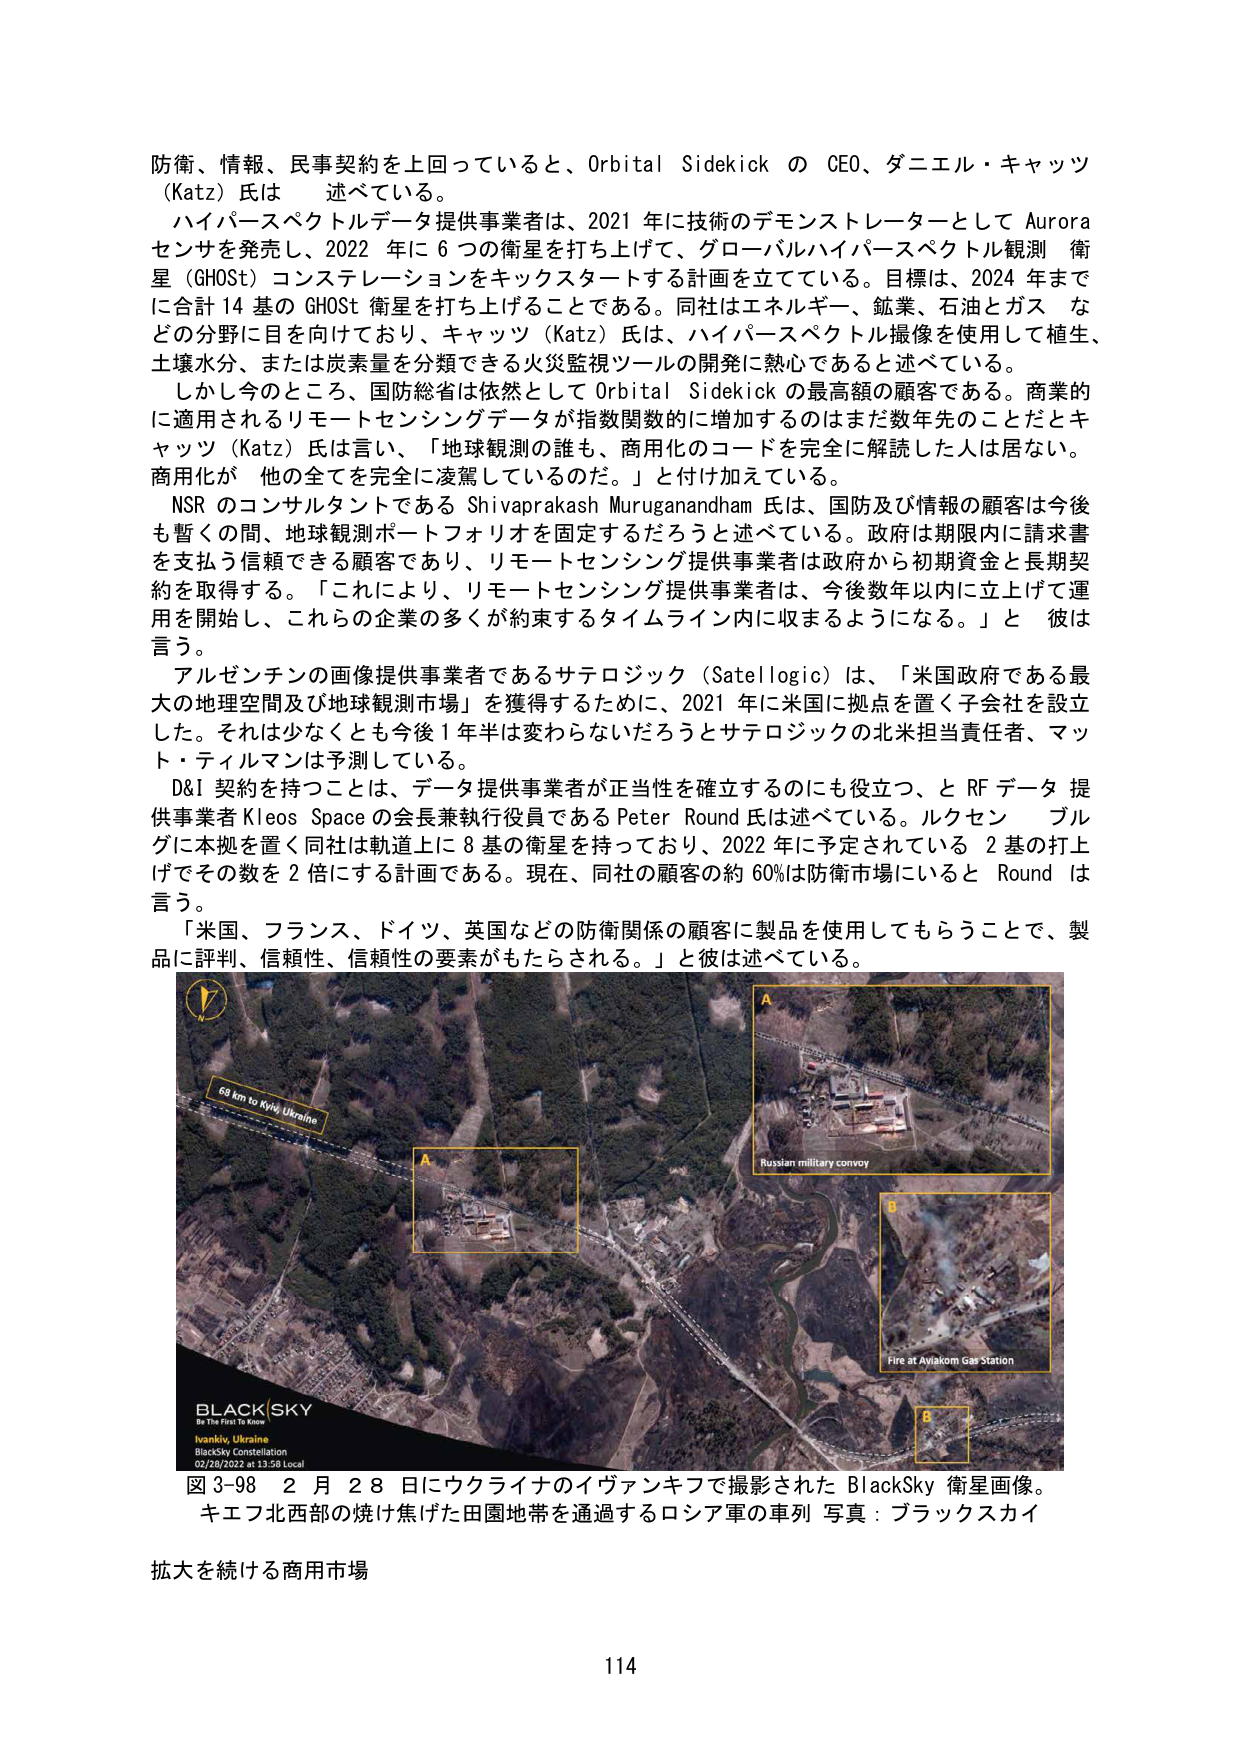
防衛、情報、民事契約を上回っていると、Orbital Sidekick の CEO、ダニエル・キャッツ（Katz）氏は 述べている。

ハイパースペクトルデータ提供事業者は、2021 年に技術のデモンストレーターとして Aurora センサを発売し、2022 年に 6 つの衛星を打ち上げて、グローバルハイパースペクトル観測 衛星（GHOST）コンステレーションをキックスタートする計画を立てている。目標は、2024 年までに合計 14 基の GHOST 衛星を打ち上げることである。同社はエネルギー、鉱業、石油とガス などの分野に目を向けており、キャッツ（Katz）氏は、ハイパースペクトル画像を使用して植生、土壌水分、または炭素量を分類できる火災監視ツールの開発に熱心であると述べている。

しかし今のところ、国防総省は依然として Orbital Sidekick の最高額の顧客である。商業的に適用されるリモートセンシングデータが指数関数的に増加するのはまだ数年先のことだとキャッツ（Katz）氏は言い、「地球観測の誰も、商用化のコードを完全に解読した人は居ない。商用化が 他の全てを完全に凌駕しているのだ。」と付け加えている。

NSR のコンサルタントである Shivaprakash Muruganandham 氏は、国防及び情報の顧客は今後も暫くの間、地球観測ポートフォリオを固定するだろうと述べている。政府は期限内に請求書を支払う信頼できる顧客であり、リモートセンシング提供事業者は政府から初期資金と長期契約を取得する。「これにより、リモートセンシング提供事業者は、今後数年以内に立上げて運用を開始し、これらの企業の多くが約束するタイムライン内に収まるようになる。」と 彼は言う。

アルゼンチンの画像提供事業者であるサテロジック（Satellogic）は、「米国政府である最大の地理空間及び地球観測市場」を獲得するために、2021 年に米国に拠点を置く子会社を設立した。それは少なくとも今後 1 年半は変わらないだろうとサテロジックの北米担当責任者、マット・ティルマンは予測している。

D&I 契約を持つことは、データ提供事業者が正当性を確立するのにも役立つ、と RF データ提供事業者 Kleos Space の会長兼執行役員である Peter Round 氏は述べている。ルクセンブルグに本拠を置く同社は軌道上に 8 基の衛星を持っており、2022 年に予定されている 2 基の打上げでその数を 2 倍にする計画である。現在、同社の顧客の約 60%は防衛市場にいると Round は言う。

「米国、フランス、ドイツ、英国などの防衛関係の顧客に製品を使用してもらうことで、製品に評判、信頼性、信頼性の要素がもたらされる。」と彼は述べている。

68 km to Kyiv, Ukraine
A
Russian military convoy
B
Fire at Aviakom Gas Station
BLACKSKY
Be The First To Know
Ivankiv, Ukraine
BlackSky Constellation
02/28/2022 at 13:58 Local

図 3-98 2 月 28 日にウクライナのイヴァンキフで撮影された BlackSky 衛星画像。キエフ北西部の焼け焦げた田園地帯を通過するロシア軍の車列 写真：ブラックスカイ

拡大を続ける商用市場

114